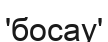
'босау'